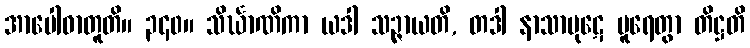
အာပေါဓာတူတိ။ ၃၄၀။ သိင်္ဃာဏိကာ ယဒါ သဉ္ဇာယတိ, တဒါ နာသာပုဋေ ပူရေတွာ တိဋ္ဌတိ